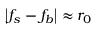
\left| f _ { s } - f _ { b } \right| \approx r _ { 0 }